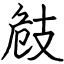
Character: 㩻